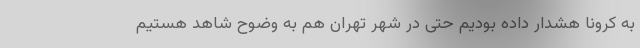
به کرونا هشدار داده‌ بودیم حتی در شهر تهران هم به وضوح شاهد هستیم